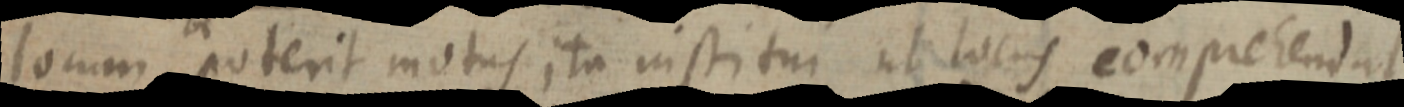
locum poterit motus ita institur ab locus comprehendat